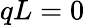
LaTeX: qL=0